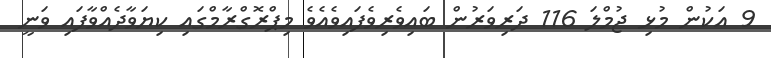
9 އަކުން މުޅި ޖުމްލަ 116 ދަރިވަރުން ބައިވެރިވެފައިވެއެވެ މިޕްރޮގްރާމްގައި ކިޔަވާދެއްވާފައި ވަނީ